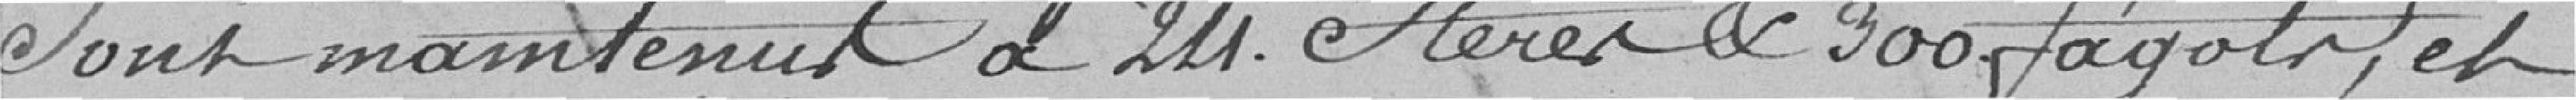
sont maintenus à 24 stères et 300 fagots, et